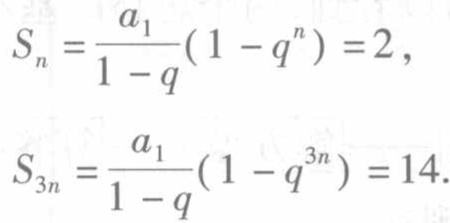
\[
S_{n}=\frac{a_{1}}{1 - q}(1 - q^{n}) = 2,
\]
\[
S_{3n}=\frac{a_{1}}{1 - q}(1 - q^{3n}) = 14.
\]